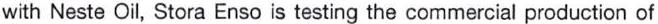
with Neste Oil, Stora Enso is testing the commercial production of